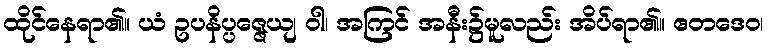
ထိုင်နေရာ၏။ ယံ ဥပနိပ္ပဇ္ဇေယျ ဝါ၊ အကြင် အနီး၌မူလည်း အိပ်ရာ၏။ ဧတဒေဝ၊